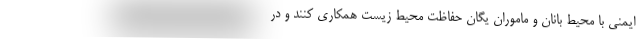
ایمنی با محیط بانان و ماموران یگان حفاظت محیط زیست همکاری کنند و در